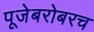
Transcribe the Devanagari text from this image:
पूजेबरोबरच